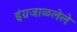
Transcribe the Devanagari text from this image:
इंग्रजाळलेले